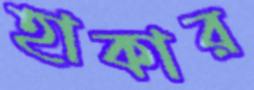
হাকার